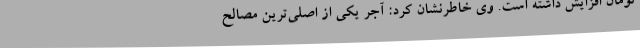
تومان افزایش داشته است. وی خاطرنشان کرد: آجر یکی از اصلی‌ترین مصالح